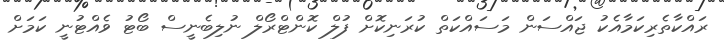
ރައްކާތެރިކަމާއެކު ޖައްސަން މަސައްކަތް ކުރަނިކޮށް ފުލް ކޮންޓްރޯލް ނުލިބެނީސް ބޯޓު ވެއްޓުނީ ކަމަށް